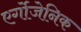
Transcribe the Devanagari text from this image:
एर्गोजेनिक